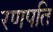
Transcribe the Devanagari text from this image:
रणपति